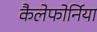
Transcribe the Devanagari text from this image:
कैलेफोर्निया